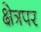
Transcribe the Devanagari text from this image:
क्षेत्रपर